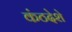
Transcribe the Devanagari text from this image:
कंठदेशे